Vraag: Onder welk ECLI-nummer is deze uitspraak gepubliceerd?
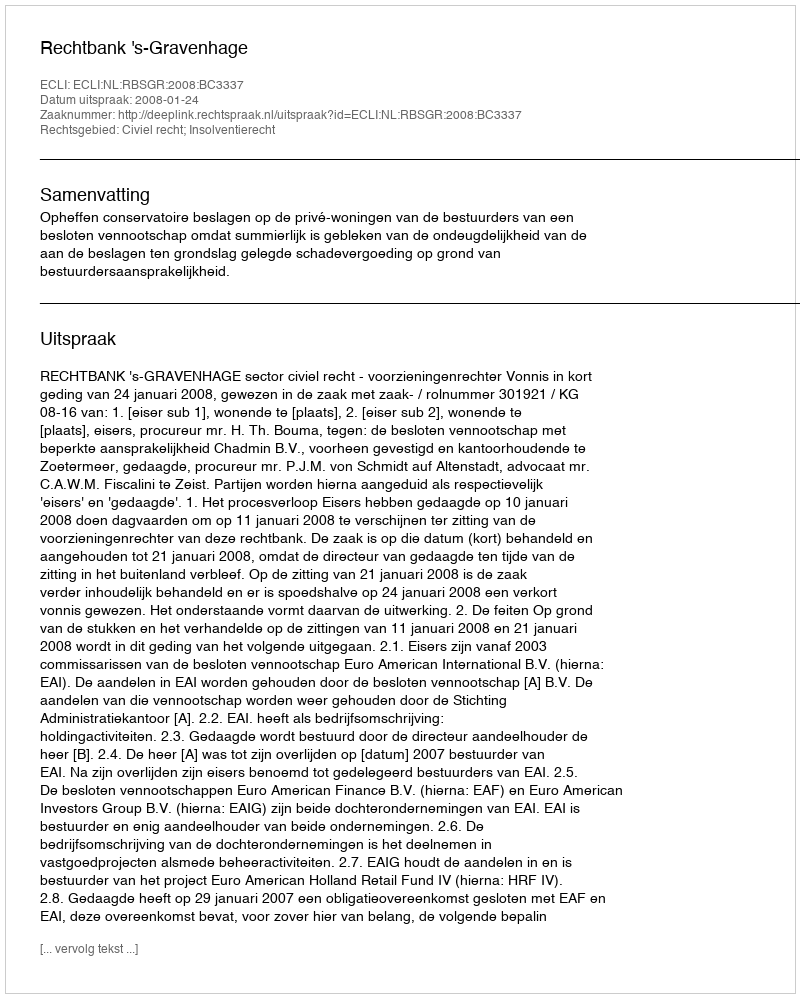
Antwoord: ECLI:NL:RBSGR:2008:BC3337